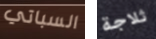
السباتي ثلاجة